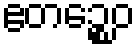
ဧတဉ္စေဝ